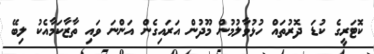
ކޮޓަރީގެ ކުޑަ ދޮރުތައް ހުޅުވާލުމުން މޫދުން އަރައިގެން އަންނަ ވައި ތާޒާކަމާއެކު ލިބޭ